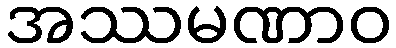
အဿမဏာဝ